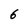
Character: 6